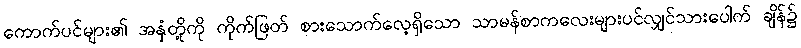
ကောက်ပင်များ၏ အနှံတို့ကို ကိုက်ဖြတ် စားသောက်လေ့ရှိသော သာမန်စာကလေးများပင်လျှင်သားပေါက် ချိန်၌